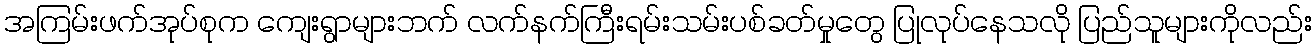
အကြမ်းဖက်အုပ်စုက ကျေးရွာများဘက် လက်နက်ကြီးရမ်းသမ်းပစ်ခတ်မှုတွေ ပြုလုပ်နေသလို ပြည်သူများကိုလည်း